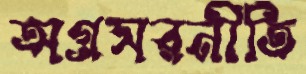
অগ্রসরনীতি